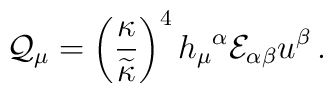
{\cal Q}_\mu=\left({{\kappa}\over\widetilde\kappa}\right)^4h_\mu{}^\alpha{\cal E}_{\alpha\beta}u^\beta\,.